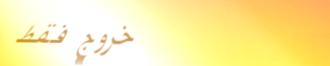
خروج فقط